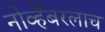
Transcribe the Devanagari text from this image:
नोव्हेंबरलाच